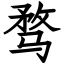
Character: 骛